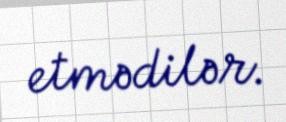
etmədilər.